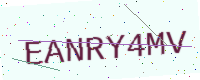
Text: EANRY4MV